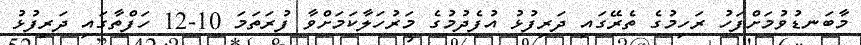
މާބަނޑުވުމަށްފަހު ރަހިމުގެ ތެރޭގައި ދަރިފުޅު އުފެދުމުގެ މަރުހަލާކަމަށްވާ ފުރަތަމަ 10-12 ހަފްތާގައި ދަރިފުޅު